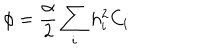
\phi = \frac { \alpha } { 2 } \sum _ { i } h _ { i } ^ { 2 } C _ { i }